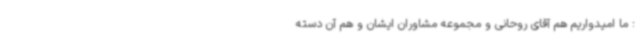
: ما امیدواریم هم آقای روحانی و مجموعه مشاوران ایشان و هم آن دسته